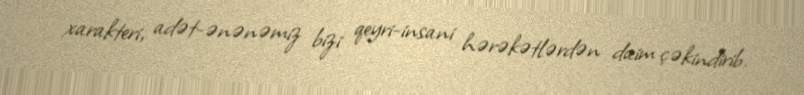
xarakteri, adət-ənənəmiz bizi qeyri-insani hərəkətlərdən daim çəkindirib.